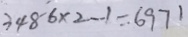
3 4 8 - 6 \times 2 - 1 = 6 9 7 1